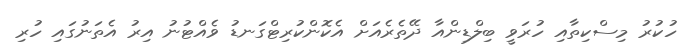
ހުކުރު މިސްކިތާއި ހުރަވީ ބިލްޑިންއާ ދޭތެރެއަށް އެކޮންކުރިޓްގަނޑު ވެއްޓުނު އިރު އެތަނުގައި ހުރި